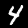
Label: 4